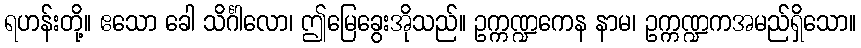
ရဟန်းတို့။ ဧသော ခေါ သိင်္ဂါလော၊ ဤမြေခွေးအိုသည်။ ဥက္ကဏ္ဍကေန နာမ၊ ဥက္ကဏ္ဍကအမည်ရှိသော။